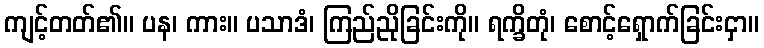
ကျင့်တတ်၏။ ပန၊ ကား။ ပသာဒံ၊ ကြည်ညိုခြင်းကို။ ရက္ခိတုံ၊ စောင့်ရှောက်ခြင်းငှာ။